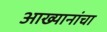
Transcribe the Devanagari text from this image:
आख्यानांचा